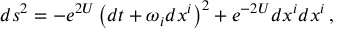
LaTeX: d s ^ { 2 } = - e ^ { 2 U } \left( d t + \omega _ { i } d x ^ { i } \right) ^ { 2 } + e ^ { - 2 U } d x ^ { i } d x ^ { i } \, ,